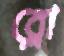
ব্লো